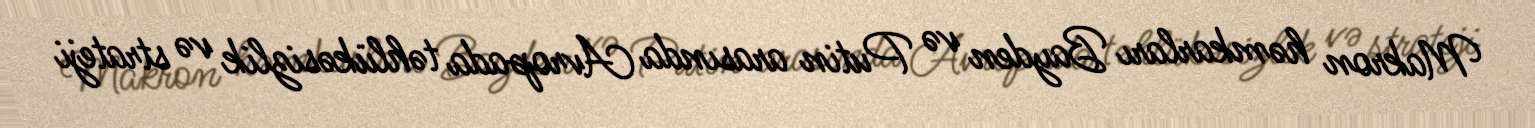
Makron həmkarları Bayden və Putin arasında Avropada təhlükəsizlik və strateji